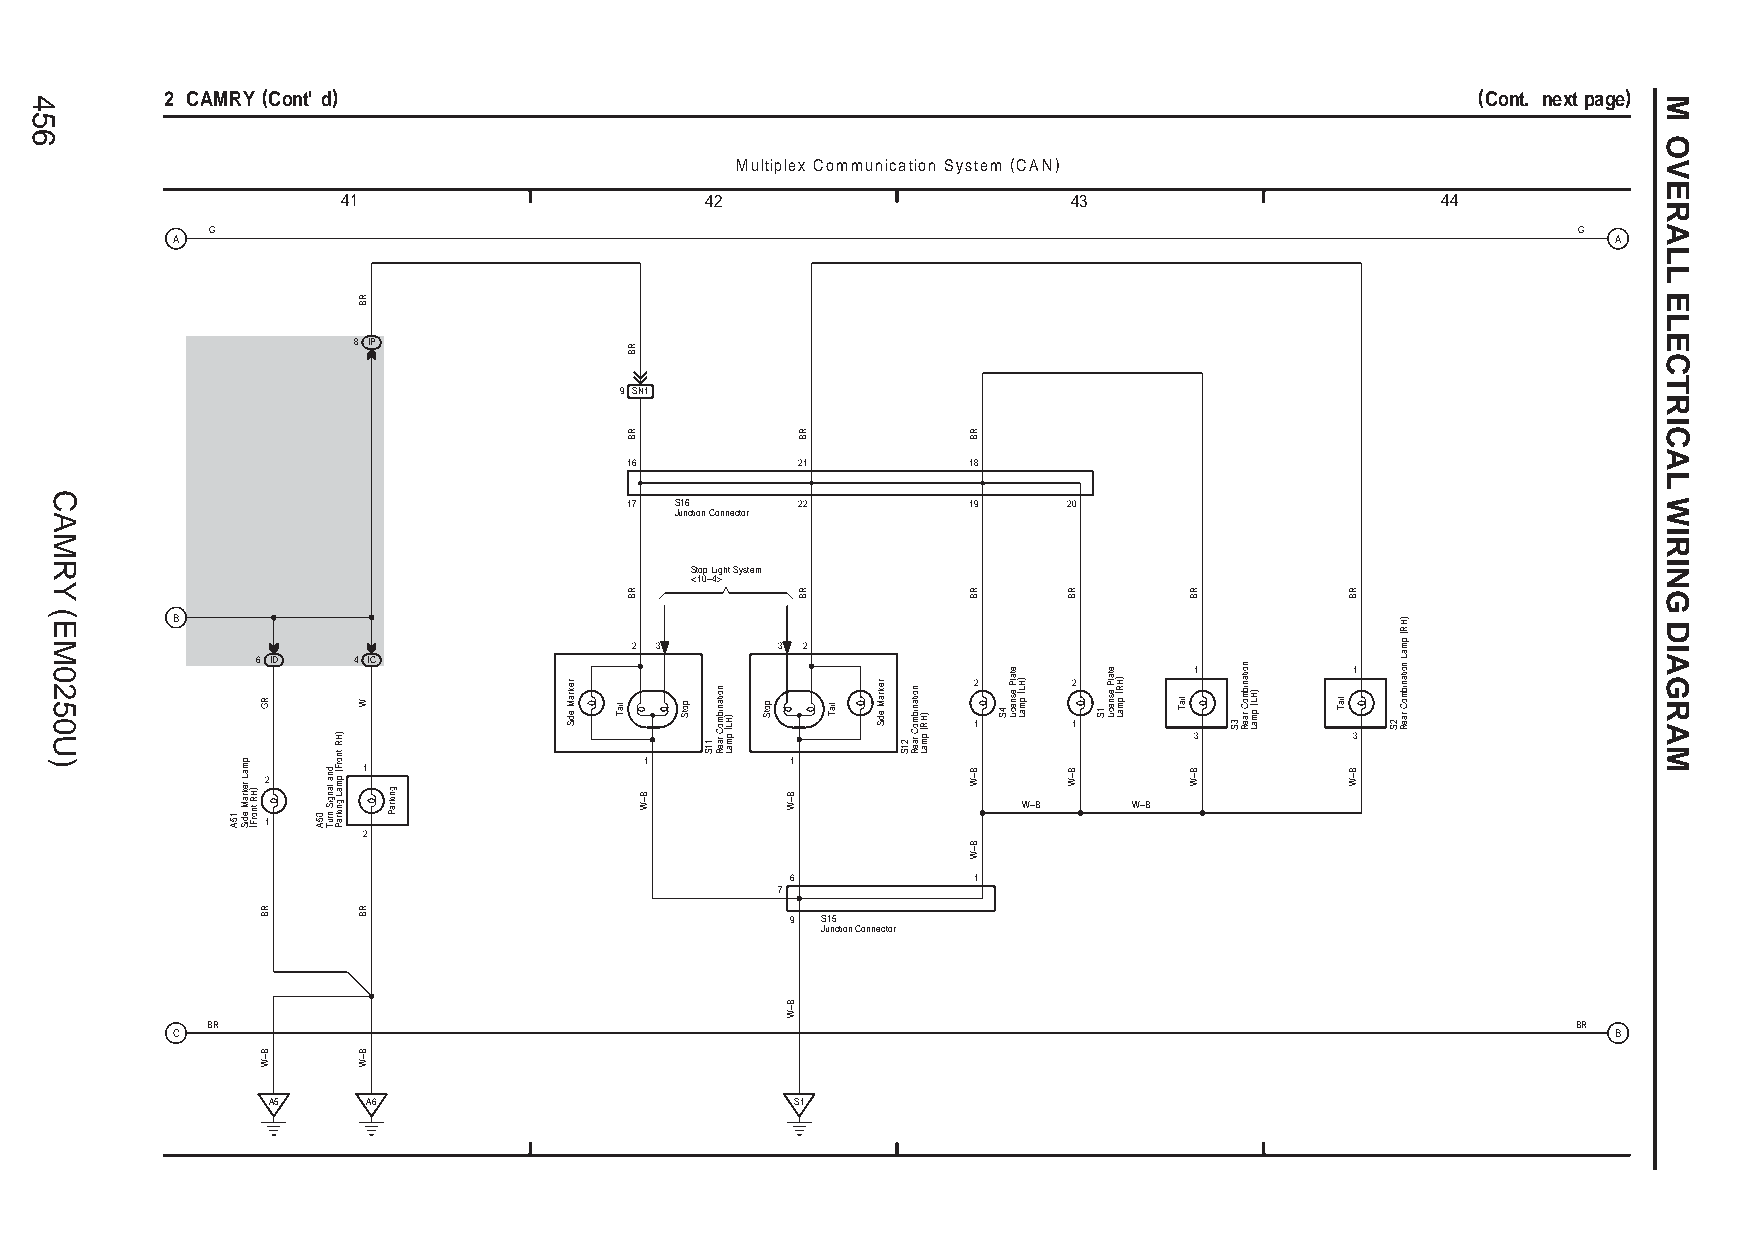
2 CAMRY (Cont' d)                                                                      (Cont. next page)
 Multiplex Communication System (CAN)
 41                      42                      43                      44
 G                                                                                         G
 A                                                                                               A
 8 IP
 9 SN1
 16          21         18
 17  S16     22         19     20
 Junction Connector
 Stop Light System
 <10–4>
 B
 2 3      3 2
 6 ID  4 IC                                                    1          1
 2      2
 1      1
 3          3
 1        1
 1
 2
 W–B    W–B 1
 2
 6           1
 7
 9 S15
 Junction Connector
 BR                                                                                        BR
 C                                                                                               B
 A5    A6                           S1
 456
 CAMRY
 (EM0250U)
 15A
 pmaL
 rekraM
 ediS
 )HR
 tnorF(
 RG
 RB
 B–W
 05A
 dna
 langiS
 nruT
 )HR
 tnorF(
 pmaL
 gnikraP
 RB
 W
 RB
 B–W
 gnikraP
 rekraM
 ediS liaT
 RB
 RB
 RB
 B–W
 potS
 11S
 noitanibmoC
 raeR
 )HL(
 pmaL
 potS
 B–W
 B–W
 RB
 RB
 liaT
 rekraM
 ediS
 21S
 noitanibmoC
 raeR
 )HR(
 pmaL
 RB
 RB
 B–W
 B–W
 4S
 etalP
 esneciL )HL(
 pmaL
 RB
 B–W
 1S
 etalP
 esneciL )HR(
 pmaL liaT
 RB
 B–W
 3S
 noitanibmoC
 raeR
 )HL(
 pmaL liaT
 RB
 B–W
 2S
 )HR(
 pmaL
 noitanibmoC
 raeR
 M
 OVERALL
 ELECTRICAL
 WIRING
 DIAGRAM